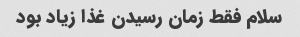
سلام فقط زمان رسیدن غذا زیاد بود